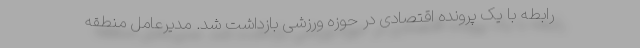
رابطه با یک پرونده اقتصادی در حوزه ورزشی بازداشت شد. مدیرعامل منطقه